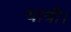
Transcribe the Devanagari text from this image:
यात्री।